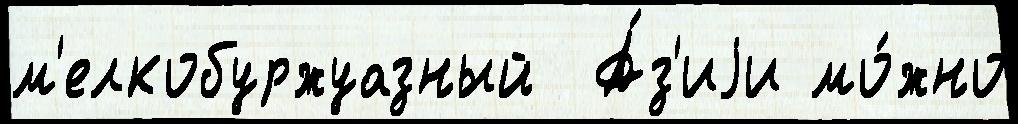
м'елкобуржуазный  А́з'иjи мо́жно